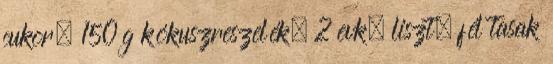
cukor, 150 g kókuszreszelék, 2 evk. liszt, fél tasak